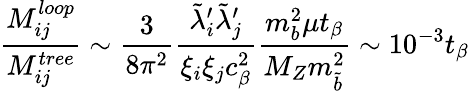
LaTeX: {\frac{M_{ij}^{loop}}{M_{ij}^{tree}}}\sim{\frac{3}{8\pi^{2}}}{\frac{\tilde{\lambda}_{i}^{\prime}\tilde{\lambda}_{j}^{\prime}}{\xi_{i}\xi_{j}c_{\beta}^{2}}}{\frac{m_{b}^{2}\mu t_{\beta}}{M_{Z}m_{\tilde{b}}^{2}}}\sim 10^{-3}t_{\beta}